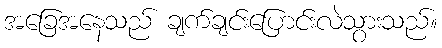
အခြေအနေသည် ချက်ချင်းပြောင်းလဲသွားသည်။